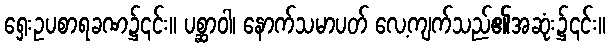
ရှေးဥပစာရခဏ၌၎င်း။ ပစ္ဆာဝါ၊ နောက်သမာပတ် လေ့ကျက်သည်၏အဆုံး၌၎င်း။